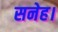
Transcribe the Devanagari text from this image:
सनेह।